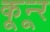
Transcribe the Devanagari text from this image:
कून्‍ूर